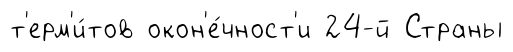
т'ерм'и́тов окон'е́чност'и 24-й Страны